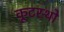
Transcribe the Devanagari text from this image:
कूटस्थो